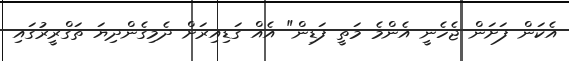
އެކަން ފަށަން ޖެހެނީ އެންމެ މަތީ ފަޑިން" އެއް ގަޑިއިރަށް ދެމިގެންދިޔަ ތަގްރީރުގައި